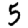
Digit: 5